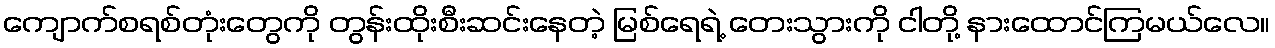
ကျောက်စရစ်တုံးတွေကို တွန်းထိုးစီးဆင်းနေတဲ့ မြစ်ရေရဲ့ တေးသွားကို ငါတို့ နားထောင်ကြမယ်လေ။